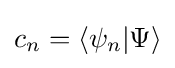
c_{n}=\langle \psi _{n}|\Psi \rangle